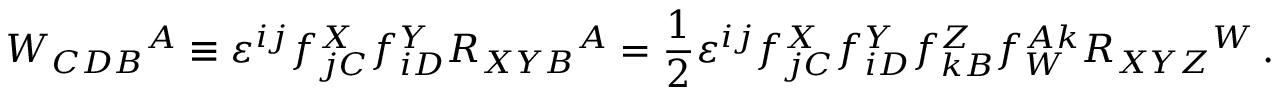
W _ { C D B } { } ^ { A } \equiv \varepsilon ^ { i j } f _ { j C } ^ { X } f _ { i D } ^ { Y } { \cal R } _ { X Y B } { } ^ { A } = \frac 1 2 \varepsilon ^ { i j } f _ { j C } ^ { X } f _ { i D } ^ { Y } f _ { k B } ^ { Z } f _ { W } ^ { A k } R _ { X Y Z } { } ^ { W } \, .